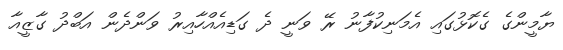
ޔާމީންގެ ގެކޮޅުގައި އެމަނިކުފާނު ރޭ ވަނީ ދެ ގަޑިއެއްހާއިރު ވަންދެން އަބްދު ގާޒީއާ